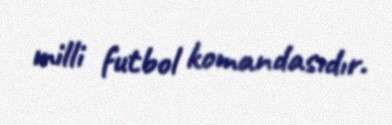
milli futbol komandasıdır.